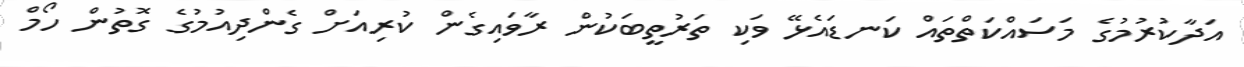
އަދާކުރުމުގެ މަސައްކަތްތައް ކަނޑައެޅޭ ވަކި ތަރުތީބަކުން ރާވައިގެން ކުރިއަށް ގެންދިއުމުގެ ގޮތުން ހޯމް